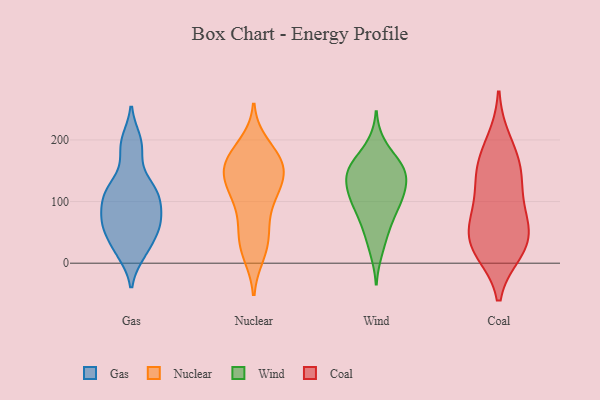
{"axis": {"x": "Backlog", "y": "Value"}, "legend": ["Coal", "Gas", "Nuclear", "Wind"], "data": [{"x": "", "y": 16, "type": "Gas"}, {"x": "", "y": 179, "type": "Gas"}, {"x": "", "y": 133, "type": "Gas"}, {"x": "", "y": 118, "type": "Gas"}, {"x": "", "y": 58, "type": "Gas"}, {"x": "", "y": 111, "type": "Gas"}, {"x": "", "y": 56, "type": "Gas"}, {"x": "", "y": 17, "type": "Gas"}, {"x": "", "y": 195, "type": "Gas"}, {"x": "", "y": 199, "type": "Gas"}, {"x": "", "y": 113, "type": "Gas"}, {"x": "", "y": 94, "type": "Gas"}, {"x": "", "y": 26, "type": "Gas"}, {"x": "", "y": 120, "type": "Gas"}, {"x": "", "y": 56, "type": "Gas"}, {"x": "", "y": 98, "type": "Gas"}, {"x": "", "y": 72, "type": "Gas"}, {"x": "", "y": 74, "type": "Gas"}, {"x": "", "y": 59, "type": "Gas"}, {"x": "", "y": 156, "type": "Nuclear"}, {"x": "", "y": 24, "type": "Nuclear"}, {"x": "", "y": 113, "type": "Nuclear"}, {"x": "", "y": 162, "type": "Nuclear"}, {"x": "", "y": 52, "type": "Nuclear"}, {"x": "", "y": 137, "type": "Nuclear"}, {"x": "", "y": 176, "type": "Nuclear"}, {"x": "", "y": 106, "type": "Nuclear"}, {"x": "", "y": 191, "type": "Nuclear"}, {"x": "", "y": 162, "type": "Nuclear"}, {"x": "", "y": 115, "type": "Nuclear"}, {"x": "", "y": 130, "type": "Nuclear"}, {"x": "", "y": 35, "type": "Nuclear"}, {"x": "", "y": 167, "type": "Nuclear"}, {"x": "", "y": 150, "type": "Nuclear"}, {"x": "", "y": 16, "type": "Nuclear"}, {"x": "", "y": 71, "type": "Nuclear"}, {"x": "", "y": 193, "type": "Wind"}, {"x": "", "y": 141, "type": "Wind"}, {"x": "", "y": 107, "type": "Wind"}, {"x": "", "y": 19, "type": "Wind"}, {"x": "", "y": 91, "type": "Wind"}, {"x": "", "y": 166, "type": "Wind"}, {"x": "", "y": 151, "type": "Wind"}, {"x": "", "y": 58, "type": "Wind"}, {"x": "", "y": 54, "type": "Wind"}, {"x": "", "y": 103, "type": "Wind"}, {"x": "", "y": 119, "type": "Wind"}, {"x": "", "y": 123, "type": "Wind"}, {"x": "", "y": 148, "type": "Wind"}, {"x": "", "y": 160, "type": "Wind"}, {"x": "", "y": 89, "type": "Wind"}, {"x": "", "y": 146, "type": "Wind"}, {"x": "", "y": 197, "type": "Coal"}, {"x": "", "y": 21, "type": "Coal"}, {"x": "", "y": 103, "type": "Coal"}, {"x": "", "y": 139, "type": "Coal"}, {"x": "", "y": 37, "type": "Coal"}, {"x": "", "y": 29, "type": "Coal"}, {"x": "", "y": 74, "type": "Coal"}, {"x": "", "y": 30, "type": "Coal"}, {"x": "", "y": 158, "type": "Coal"}, {"x": "", "y": 67, "type": "Coal"}, {"x": "", "y": 155, "type": "Coal"}]}